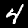
Digit: 4